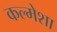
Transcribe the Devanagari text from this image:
कल्मेशा